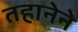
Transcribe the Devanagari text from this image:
तहानेने